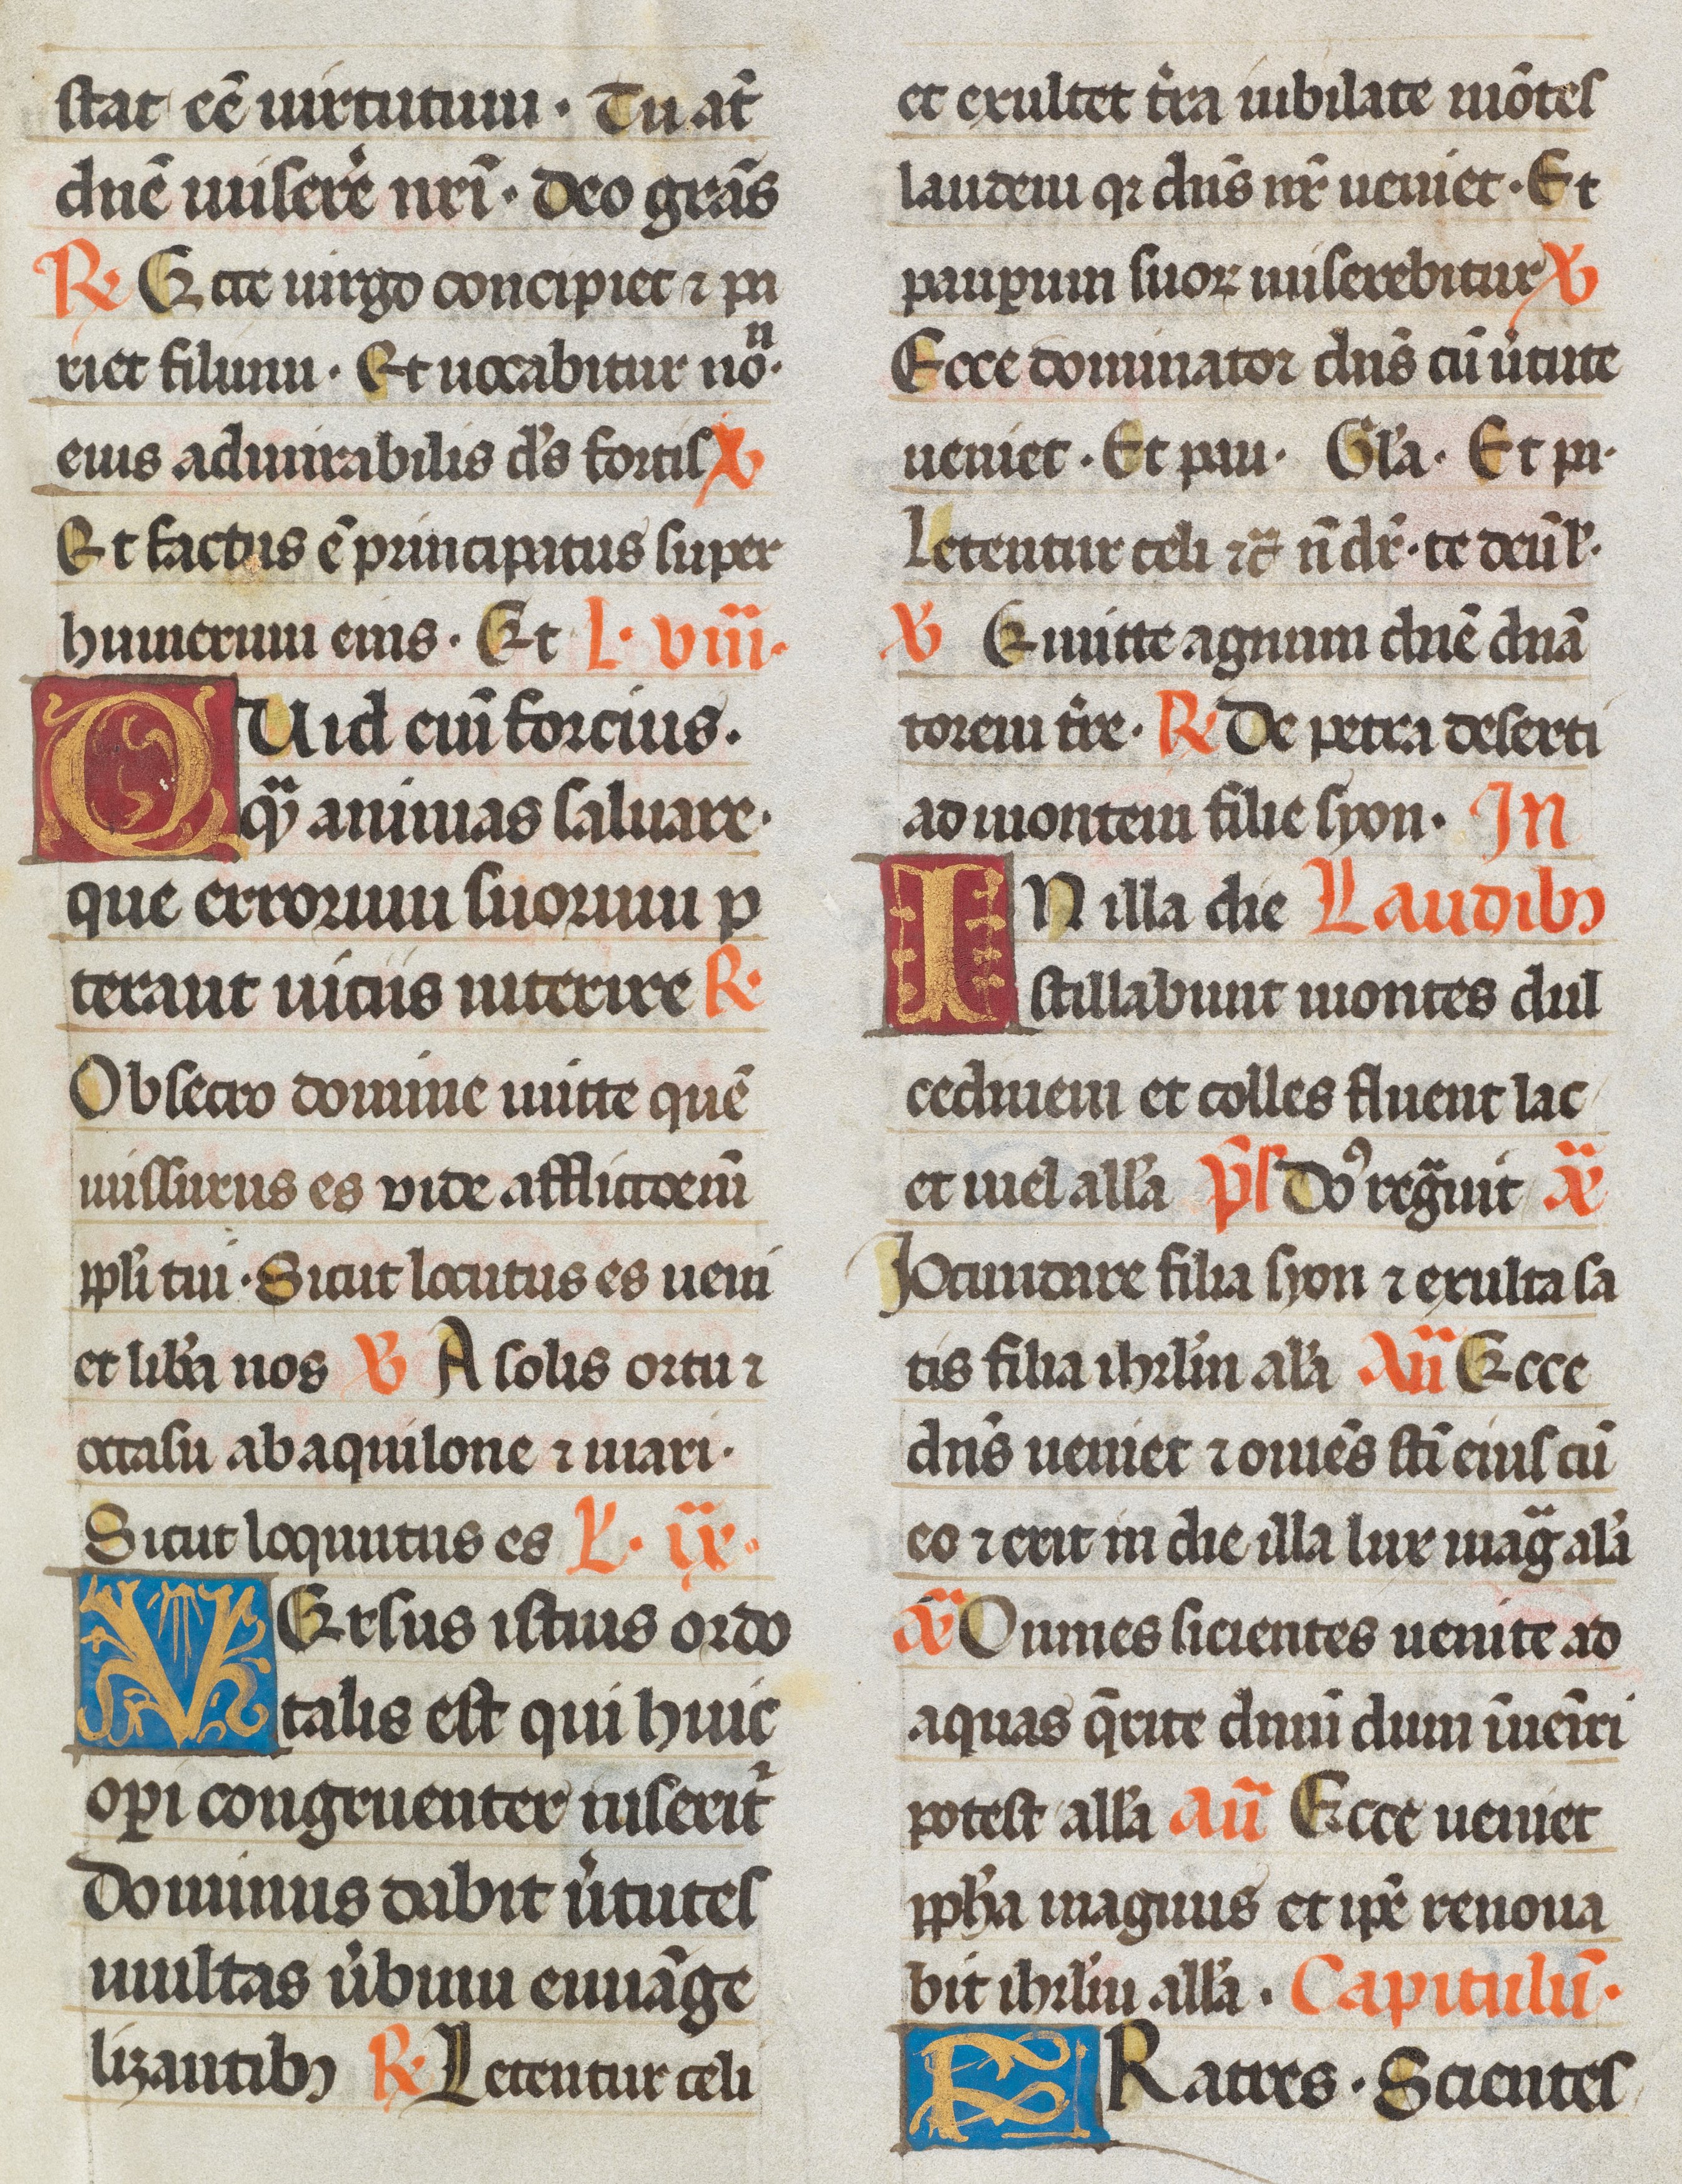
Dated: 1493–1493